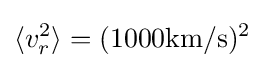
\langle v_{r}^{2}\rangle =(1000{\text{km/s}})^{2}